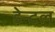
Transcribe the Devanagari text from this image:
डेन्टल